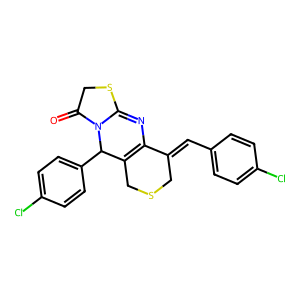
SMILES: O=C1CSC2=NC3=C(CSCC3=Cc3ccc(Cl)cc3)C(c3ccc(Cl)cc3)N12
Inhibits HIV replication: No